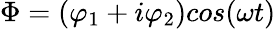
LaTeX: \Phi=(\varphi_{1}+i\varphi_{2})cos(\omega t)